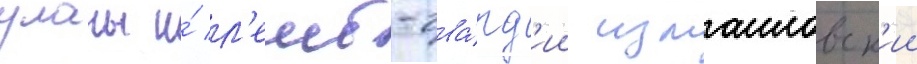
уланы и́ л'еиб-гва́рд'ии измаиловск'ии